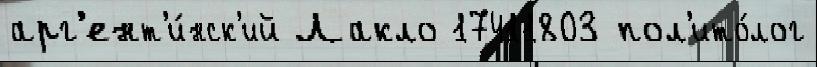
арг'ент'и́нск'ий Лакло 17411803 пол'ито́лог